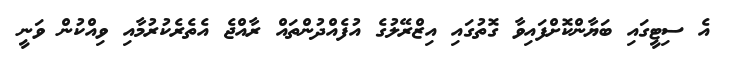
އެ ސިޓީގައި ބަޔާންކޮށްފައިވާ ގޮތުގައި އިޒްރޭލުގެ އުފެއްދުންތައް ރާއްޖެ އެތެރެކުރުމާއި ވިއްކުން ވަނީ